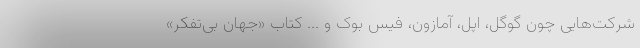
شرکت‌هایی چون گوگل، اپل، آمازون، فیس بوک و ... کتاب «جهان بی‌تفکر»